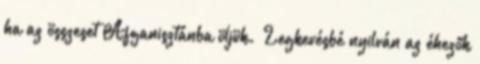
ha az összeset Afganisztánba öljük.” Legkevésbé nyilván az éhezők